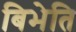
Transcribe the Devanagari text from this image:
बिभेति